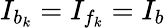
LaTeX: I_{b_{k}}=I_{f_{k}}=I_{b}